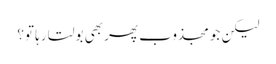
لیکن جو مجذوب پھر بھی بولتا رہا تو؟